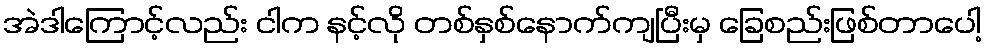
အဲဒါကြောင့်လည်း ငါက နင့်လို တစ်နှစ်နောက်ကျပြီးမှ ခြေစည်းဖြစ်တာပေါ့